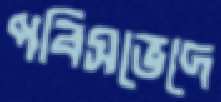
পবিসভেদে